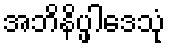
အဘိနိပ္ဖါဒေသုံ